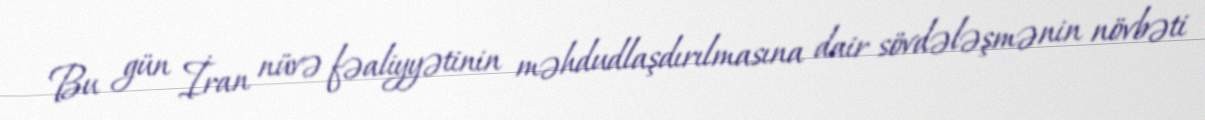
Bu gün İran nüvə fəaliyyətinin məhdudlaşdırılmasına dair sövdələşmənin növbəti